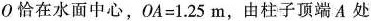
О恰在水面中心,$$O A = 1 . 2 5 m$$，由柱子顶端A处